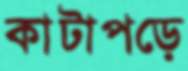
কাটাপড়ে